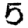
Digit: 5